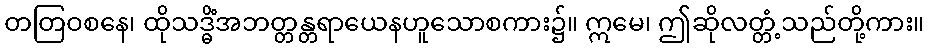
တတြဝစနေ၊ ထိုသဒ္ဓိံအဘတ္တန္တရာယေနဟူသောစကား၌။ ဣမေ၊ ဤဆိုလတ္တံ့သည်တို့ကား။